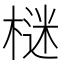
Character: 𣗌